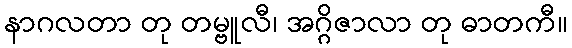
နာဂလတာ တု တမ္ဗူလီ၊ အဂ္ဂိဇာလာ တု ဓာတကီ။